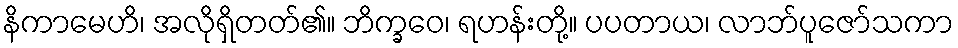
နိကာမေဟိ၊ အလိုရှိတတ်၏။ ဘိက္ခဝေ၊ ရဟန်းတို့။ ပပတာယ၊ လာဘ်ပူဇော်သကာ